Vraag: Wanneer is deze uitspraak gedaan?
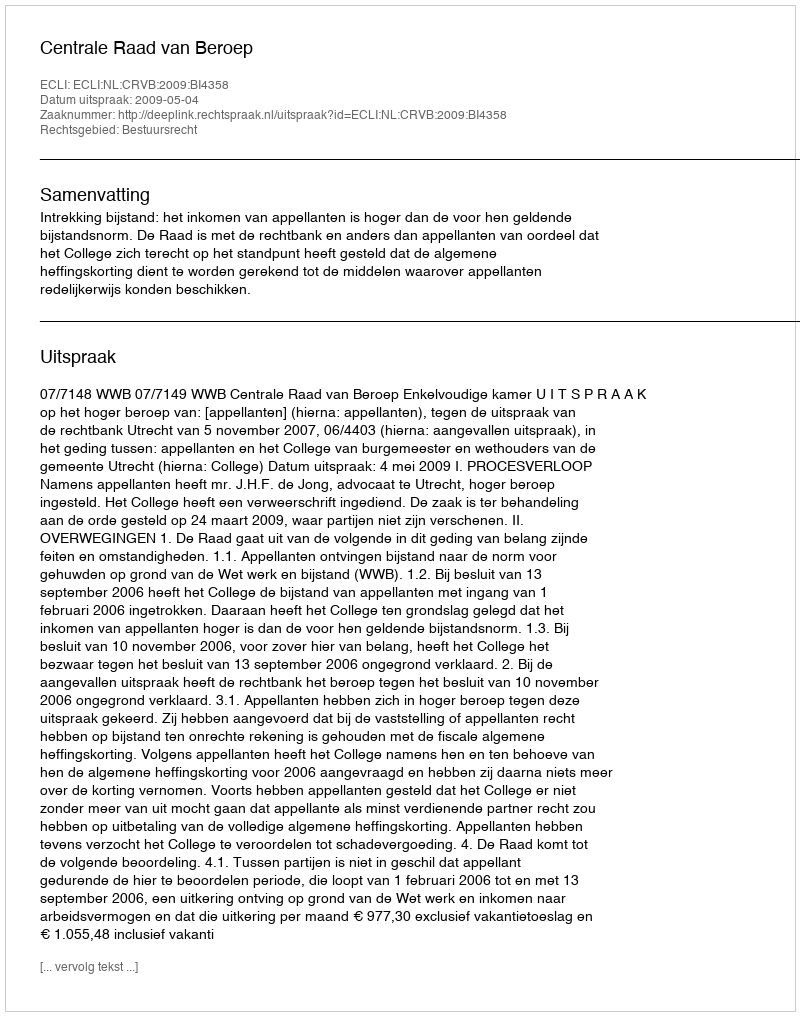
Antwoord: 2009-05-04